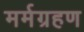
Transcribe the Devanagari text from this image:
मर्मग्रहण